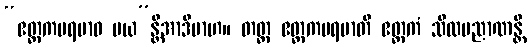
“ဧတ္တကပရမာဝ မယ”န္တိအာဒိမာဟ။ တတ္ထ ဧတ္တကပရမာတိ ဧတ္တကံ သီလပညာဏန္တိ